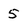
Character: 5